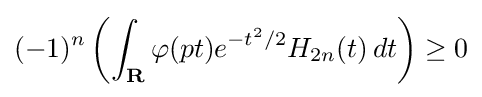
(-1)^{n}\left(\int _{\mathbf {R} }\varphi (pt)e^{-t^{2}/2}H_{2n}(t)\,dt\right)\geq 0